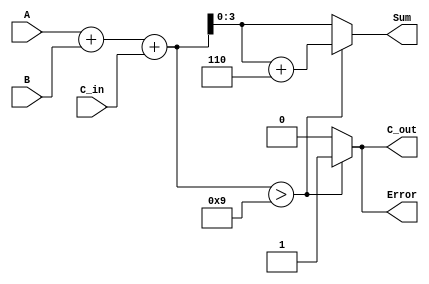
module BCD_Redundant_Binary_Adder (
    input  wire [3:0] A,       // First BCD digit
    input  wire [3:0] B,       // Second BCD digit
    input  wire C_in,          // Carry input
    output reg  [3:0] Sum,     // Resulting BCD digit
    output reg  C_out,         // Carry output
    output reg  Error          // Error flag
);

    // Internal signals
    wire [4:0] sum;            // 5-bit sum to accommodate carry
    wire [3:0] correction;     // Correction value (6 in binary is 0110)

    // BCD correction value
    assign correction = 4'b0110;

    // Perform initial addition
    assign sum = A + B + C_in;

    // Error detection: Check if sum exceeds valid BCD range (greater than 9)
    always @(*) begin
        if (sum > 9) begin
            Sum = sum + correction; // Add correction factor
            C_out = 1;              // Set carry out
            Error = 1;              // Set error flag
        end else begin
            Sum = sum[3:0];         // Valid BCD result
            C_out = 0;              // No carry out
            Error = 0;              // No error
        end
    end

endmodule